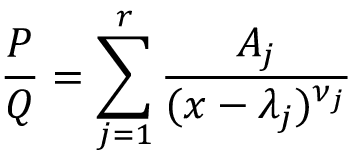
{ \frac { P } { Q } } = \sum _ { j = 1 } ^ { r } { \frac { A _ { j } } { ( x - \lambda _ { j } ) ^ { \nu _ { j } } } }